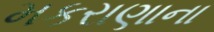
મકરાણાના